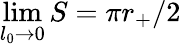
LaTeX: \operatorname*{lim}_{l_{0}\to 0}S=\pi r_{+}/2